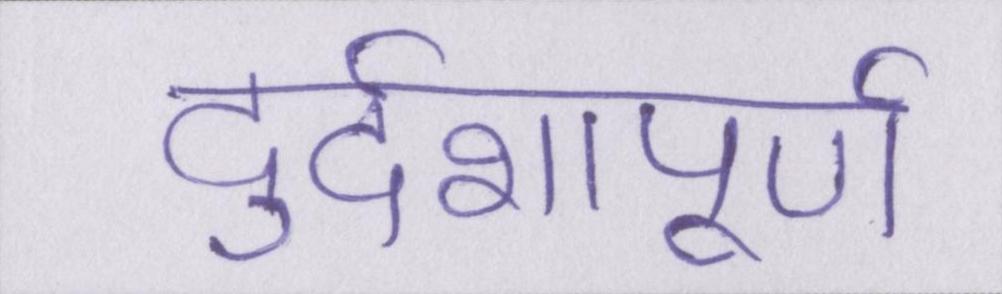
दुर्दशापूर्ण